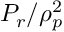
P _ { r } / \rho _ { p } ^ { 2 }